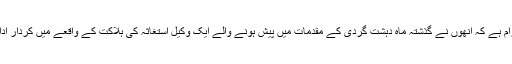
اُن پر الزام ہے کہ اُنھوں نے گذشتہ ماہ دہشت گردی کے مقدمات میں پیش ہونے والے ایک وکیل استغاثہ کی ہلاکت کے واقعے میں کردار ادا کیا تھا۔